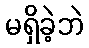
မရှိခဲ့ဘဲ